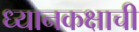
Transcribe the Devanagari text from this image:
ध्यानकक्षाची